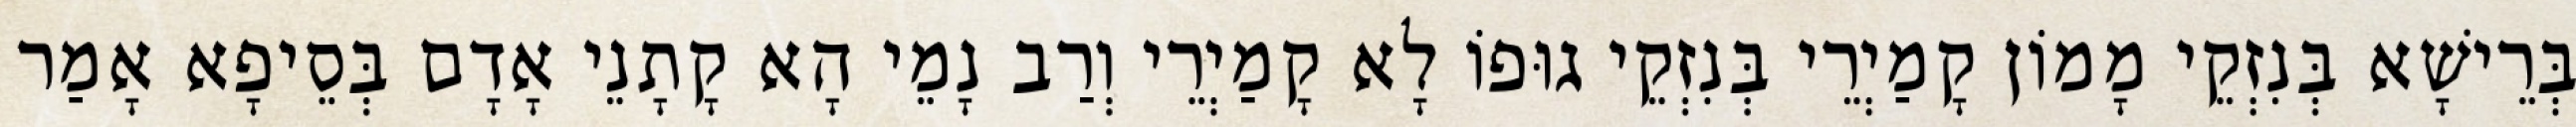
בְּרֵישָׁא בְּנִזְקֵי מָמוֹן קָמַיְרֵי בְּנִזְקֵי גוּפוֹ לָא קָמַיְרֵי וְרַב נָמֵי הָא קָתָנֵי אָדָם בְּסֵיפָא אָמַר